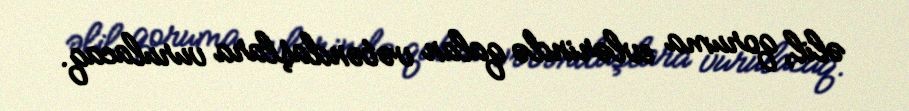
əlil, qoruma evlərində qalan vətəndaşlara vurulacaq.